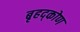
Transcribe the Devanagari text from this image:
बृहद्कोण